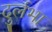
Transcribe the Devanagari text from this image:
दुर्लभा